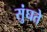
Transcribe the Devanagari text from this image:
सुंघते